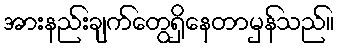
အားနည်းချက်တွေရှိနေတာမှန်သည်။